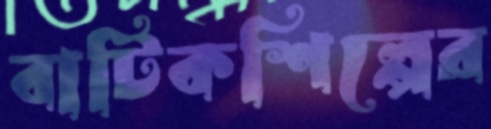
বাটিকশিল্পের